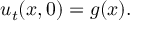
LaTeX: u _ { t } ( x , 0 ) = g ( x ) .